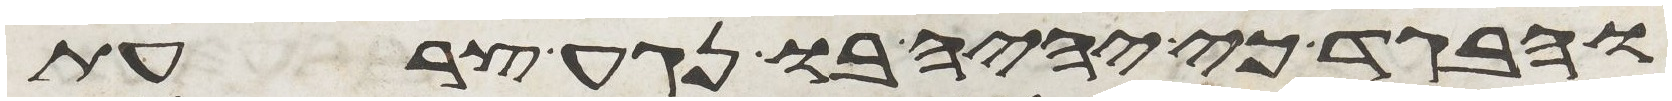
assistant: והבגד כי יהיה בו נגע צרעת